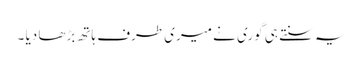
یہ سنتے ہی گوری نے میری طرف ہاتھ بڑھا دیا ۔